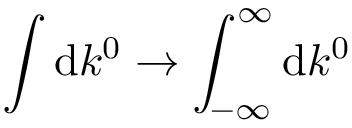
\int \mathrm { d } k ^ { 0 } \to \int _ { - \infty } ^ { \infty } \mathrm { d } k ^ { 0 }